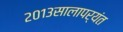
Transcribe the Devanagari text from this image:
२०१३सालापर्यंत